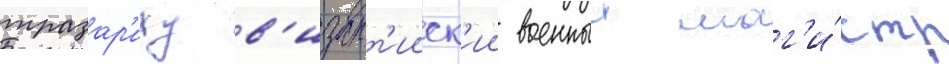
тразар'иху в'изант'ииск'ии военныи маг'и́стр